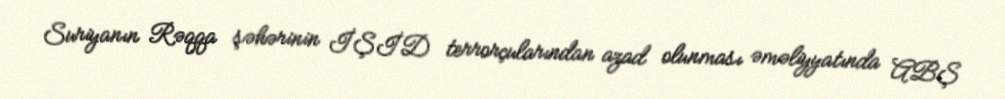
Suriyanın Rəqqa şəhərinin İŞİD terrorçularından azad olunması əməliyyatında ABŞ